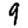
Digit: 9